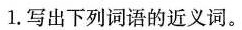
1.写出下列词语的近义词。